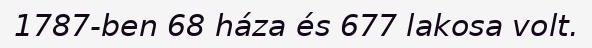
1787-ben 68 háza és 677 lakosa volt.